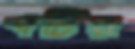
পচিয়